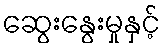
ဆွေးနွေးမှုနှင့်